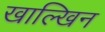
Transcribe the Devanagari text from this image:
खाल्खिन